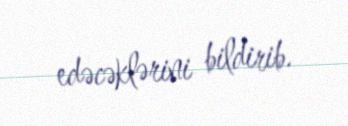
edəcəklərini bildirib.